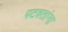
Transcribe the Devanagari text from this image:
पटवतांना